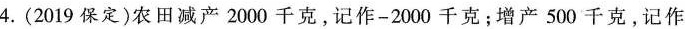
4.(2019保定)农田减产2000千克，记作-2000千克；增产500千克，记作